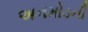
અનમોડની